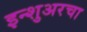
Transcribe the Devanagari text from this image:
इन्‍शुअरचा